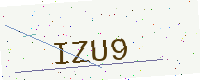
Text: IZU9